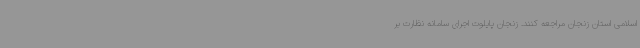
اسلامی استان زنجان مراجعه کنند. زنجان پایلوت اجرای سامانه نظارت بر